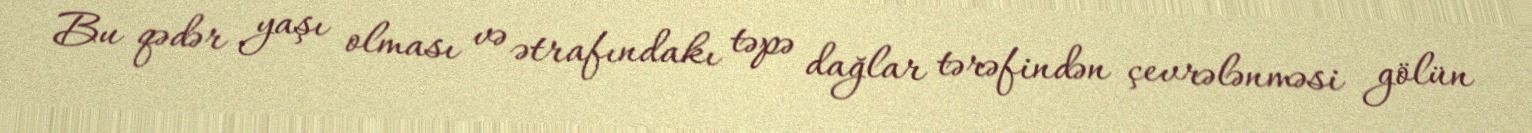
Bu qədər yaşı olması və ətrafındakı təpə dağlar tərəfindən çevrələnməsi gölün